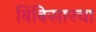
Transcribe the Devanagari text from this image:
बिंबिसारचा